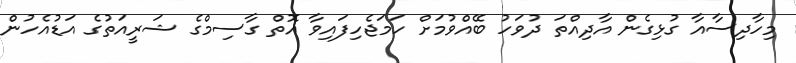
މިހާދިސާއާ ގުޅިގެން އާދިއްތަ ދުވަހު ބޭއްވުމަށް ހަމަޖެހިފައިވާ އޮތް ގާސިމްގެ ޝަރީއަތުގެ އަޑުއެހުން